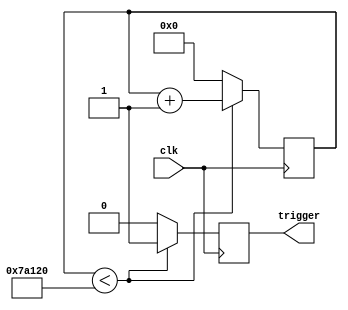
module ContadorConTrigger(
    input wire clk,          
    output reg trigger       
);

reg [19:0] contador1;        
parameter limite = 20'd500000;     

always @(posedge clk) begin
    if (contador1 < limite) begin
        contador1 <= contador1 + 1;
        trigger <= 1;
    end else begin
        contador1 = 0;
        trigger = 0;
    end
end

endmodule
module ContadorConEcho(
    input wire clk,           // Entrada de reloj
    input wire echo,          // Entrada de control (cuando echo=1, se incrementa el contador)
    output reg [19:0] contador2 // Salida del contador de 32 bits
);

always @(posedge clk) 
    begin
		if(echo==1)
			begin
				contador2=contador2+1; //Se va almacenando en un contador si el ultrasonido genera el echo
			end
		else
			begin 
				contador2=0;
			end
	end

endmodule
module ControlLed(
    input clk,
    input wire [19:0] contador2,  
    output reg led1,   
    output reg led2, 
    output reg led3   
);


parameter L1=20'd70000; 
parameter L1m=20'd50000; //Para entre 30cm 
parameter L2=20'd50000;  //Para entre 10cm
parameter L2m=20'd30000;
parameter L3=20'd30000; //Para entre 2cm
parameter L3m=20'd3000; //Para 1cm


always @(contador2) 
	begin

		if (contador2>L1m && contador2<L1)
			begin
				led1 <= 0;
				led2 <= 1;
				led3 <= 1;  
			end
		else if (contador2>L2m && contador2<L2)
			begin
				led1 <= 1;
				led2 <= 0;
				led3 <= 1;  
			end
		else if (contador2>L3m && contador2<L3)
			begin
				led1 <= 1;
				led2 <= 1;
				led3 <= 0;  
			end
	end

endmodule

module ultras (
  input clk,
  input echo,
  output trig,
  output led1,
  output led2,
  output led3
);
  wire [19:0] s0;
  // ContadorConTrigger
  ContadorConTrigger ContadorConTrigger_i0 (
    .clk( clk ),
    .trigger( trig )
  );
  // ContadorConEcho
  ContadorConEcho ContadorConEcho_i1 (
    .clk( clk ),
    .echo( echo ),
    .contador2( s0 )
  );
  // ControlLed
  ControlLed ControlLed_i2 (
    .clk( clk ),
    .contador2( s0 ),
    .led1( led1 ),
    .led2( led2 ),
    .led3( led3 )
  );
endmodule